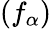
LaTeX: (f_{\alpha})